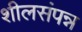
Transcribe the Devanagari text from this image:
शीलसंपन्न